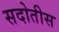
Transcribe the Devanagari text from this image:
सदोतीस